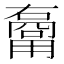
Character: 𱰢